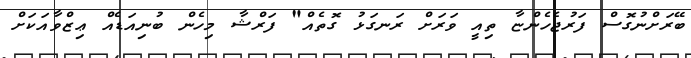
ބޭރަށްނުގޮސް ފަރުޖެހެންޏާ ތިއީ ވަރަށް ރަނގަޅު ގޮތެއް" ފަރްޝާ މިހެން ބުނިއަޑެއް ޢިޒްވާއަކަށް